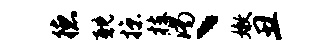
德耽掠枝渴丶嫩丑